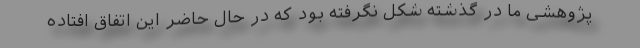
پژوهشی ما در گذشته شکل نگرفته بود که در حال حاضر این اتفاق افتاده